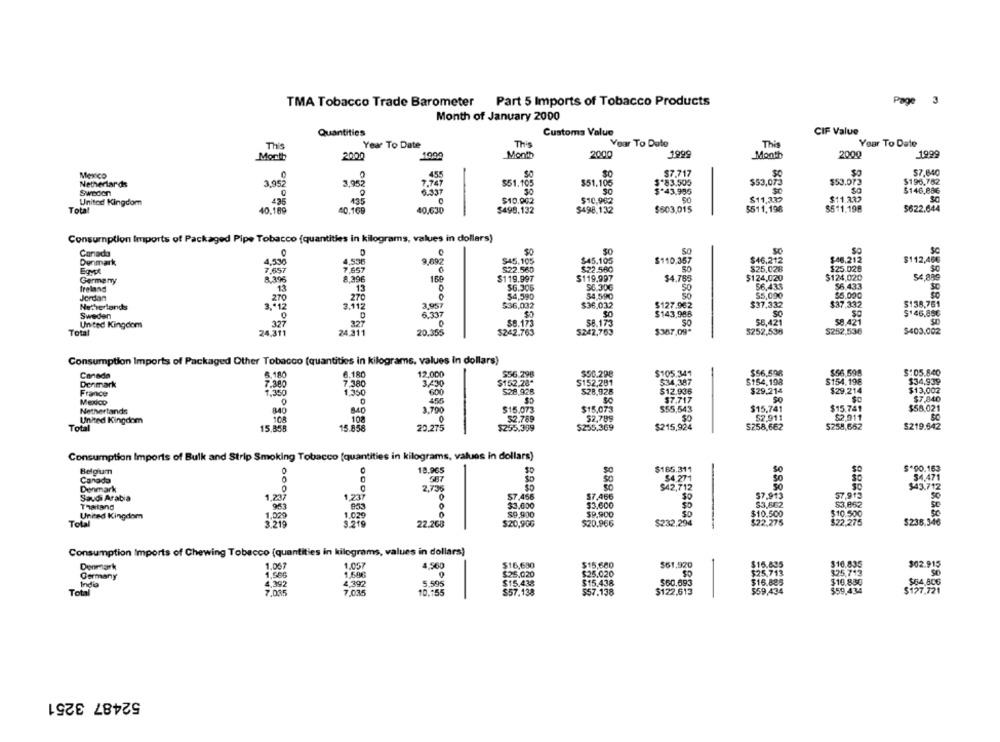
TMA Tobacco Trade Barometer
Part 5 Imports of Tobacco Products
Page
3
Month of January 2000
Quantities
Customs Value
CIF Value
This
Year To Date
This
Year To Date
This
Year To Date
2000
1004
Month
2000
1999
Month
2000
1999
Month
Mexico
$7.717
$7,640
Nethertards
3.95
3.952
$51.105
$51.105
3-83.505
$53,073
$50.012
$196.782
Sweden
$ 43,995
$146,886
435
$10.002
3888
$10,962
$11,337
$11.332
United Kingdom
$511,198
$511.198
Total
40.189
40.169
40,630
$498.132
$498.132
$503,015
$622.644
Consumption Imports of Packaged Pipe Tobacco {quantities in kilograms, values in dollars)
Canada
$0
SO
Sc
4,536
9.692
$45.105
$45.105
$110.357
$46,212
$46,212
$112,46€
Denmark
4,536
7.657
ONG
$22.560
$22.560
$25.028
$25.028
SC
Egypt
7,657
Germany
160
$119.997
$119.997
$4,785
$124,020
$124,020
54,889
Ireland
13
13
$6.306
$0.306
50
$6,433
Jordan
$4,590
$4,590
$5,090
Netherlands
3.112
3.957
$36,032
$36.032
$127.962
$37.332
5138,751
Sweden
6.337
S
$143,988
$1 46,856
United Kingdom
329
327
$8.173
58.173
SO
58,421
$8,421
Total
24,371
24.311
20.355
$242.763
5242,763
$387.09*
5252,536
$252,536
$403.002
Consumption Imports of Packaged Other Tobacco (quantities in kilograms, values In dollars)
6.180
12.000
$36.298
$105.341
$56.598
$56,598
$: 05.840
Canada
3.180
$50.298
Denmark
7.380
7.380
3.430
$152.28*
$152,281
534,387
5154,198
$154,198
$34,939
France
1,350
1.350
600
528,928
528,928
$12.936
$29.214
$29.214
$13,002
455
SC
$7.717
SC
3.790
$15.073
$15,073
555,543
$15,741
$15.741
$58.021
Netherlands
840
United Kingdom
108
108
0
$2.789
52.789
SO
52.911
$2,011
50
Total
15.85
15.858
20.275
$255.339
$255,369
$215,924
5258,662
5258,652
$219.642
Consumption Imports of Bulk and Strip Smoking Tobacco [quantities in kilograms, values in dollars)
18.965
$185.311
Se
Belgium
Canada
$4.271
SO
Denmark
0
2,7:36
so
$42,712
Saudi Arabia
1.237
1.237
$7.456
$7.466
$7,913
57.915
Thatand
$3,600
$3,600
$3,862
spesa
se
$9.900
$10.500
$10.500
United Kingdom
1.020
1.029
$9.900
Total
3.219
22.268
$20,906
$20,966
$232,294
$22.275
3.22.275
$238.346
Consumption Imports of Chewing Tobacco (quantities in kilograms, values in dollars)
Denmark
1.067
1.057
4.560
$16,630
$15,680
$61,920
$16.885
$10.835
$02.915
$25.713
Germany
1.586
1,698
$25.020
$25.020
825.713
SO
India
4,392
4,392
5.595
$15.438
$15.438
$16.825
$16.850
$64,808
Total
7,035
7.035
10.155
$57.138
$57.138
$122,613
52487 3251